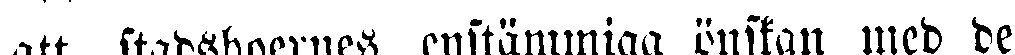
att stadöboernes enstämmiga önskan med de